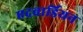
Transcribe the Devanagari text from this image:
एदवार्डियन